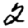
Digit: 2